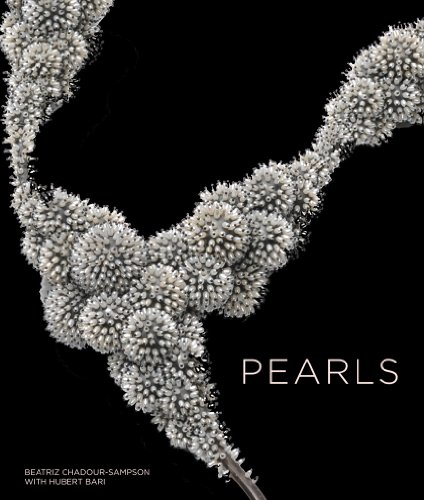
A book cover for Pearls; Beatriz Chadour-Sampson; Crafts, Hobbies & Home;